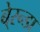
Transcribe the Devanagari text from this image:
बे्रन्डा